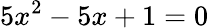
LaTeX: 5x^{2}-5x+1=0